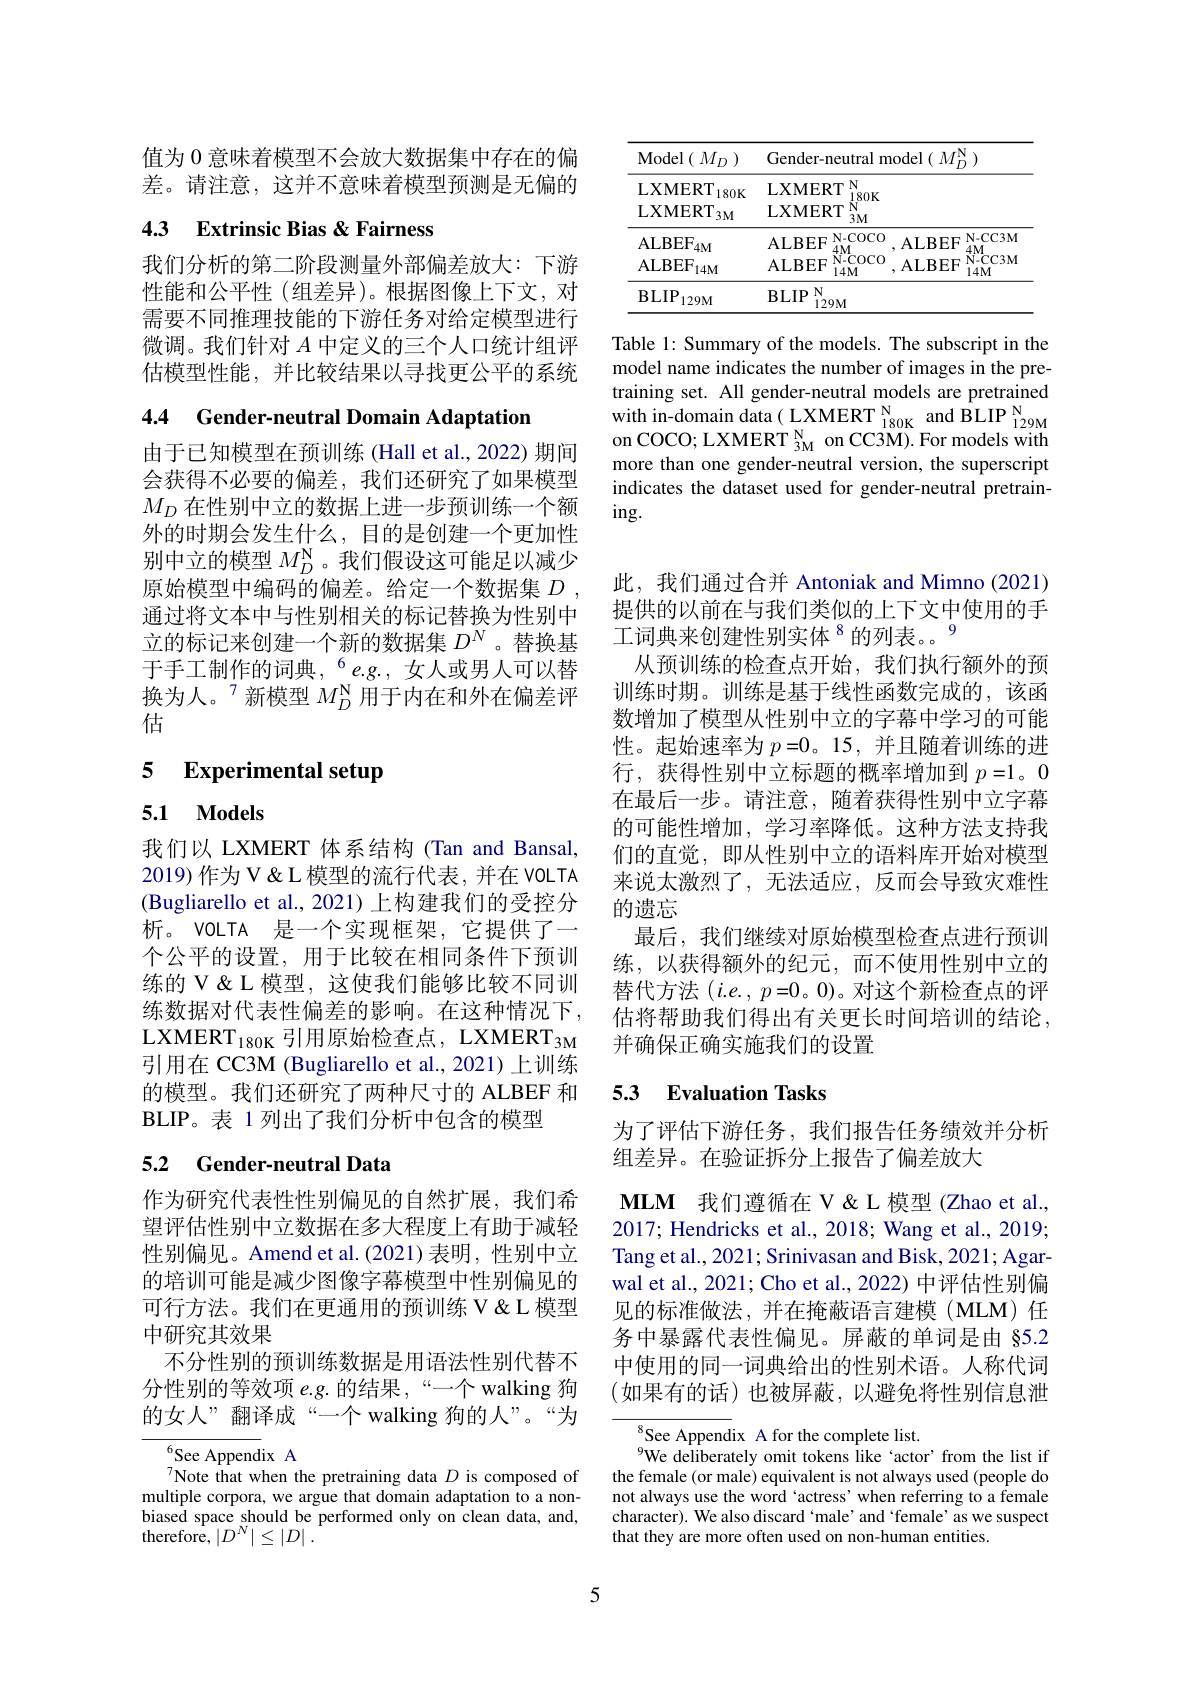
值为 0 意味着模型不会放大数据集中存在的偏差。请注意，这并不意味着模型预测是无偏的

# 4.3 Extrinsic Bias &Fairness

我们分析的第二阶段测量外部偏差放大：下游性能和公平性(组差异)。根据图像上下文，对需要不同推理技能的下游任务对给定模型进行微调。我们针对$A$中定义的三个人口统计组评估模型性能，并比较结果以寻找更公平的系统

4.4 Gender-neutral Domain Adaptation

由于已知模型在预训练 (Hall et al., 2022) 期间会获得不必要的偏差，我们还研究了如果模型$M_D$在性别中立的数据上进一步预训练一个额外的时期会发生什么，目的是创建一个更加性别中立的模型$M_D^\mathrm{N}$。我们假设这可能足以减少原始模型中编码的偏差。给定一个数据集$D$ , 通过将文本中与性别相关的标记替换为性别中立的标记来创建一个新的数据集$D^N$。替换基于手工制作的词典，$^{6}e.g.$,女人或男人可以替换为人。$^{7}$新模型 $M_D^\mathrm{N}$ 用于内在和外在偏差评估

# 5 Experimental setup

# 5.1 Models

我们以 LXMERT 体系结构 (Tan and Bansal, 2019) 作为 V & L 模型的流行代表，并在 VOLTA (Bugliarello et al., 2021)上构建我们的受控分析。VOLTA 是一个实现框架，它提供了一个公平的设置，用于比较在相同条件下预训练的 V & L 模型，这使我们能够比较不同训练数据对代表性偏差的影响。在这种情况下， LXMERT$_{180\mathrm{K}}$引用原始检查点，LXMERT$_{3\mathrm{M}}$ 引用在 CC3M (Bugliarello et al., 2021) 上训练的模型。我们还研究了两种尺寸的 ALBEF 和BLIP。表 1 列出了我们分析中包含的模型

## 5.2 Gender-neutral Data

作为研究代表性性别偏见的自然扩展，我们希望评估性别中立数据在多大程度上有助于减轻性别偏见。Amend et al.(2021)表明，性别中立的培训可能是减少图像字幕模型中性别偏见的可行方法。我们在更通用的预训练 V & L 模型中研究其效果
不分性别的预训练数据是用语法性别代替不分性别的等效项 e.g. 的结果 ,“一个 walking 狗的女人”翻译成“一个 walking 狗的人”。“为

$^{6}$See AppendixA
Note that when the pretraining data $D$ is composed of multiple corpora, we argue that domain adaptation to a nonbiased space should be performed only on clean data, and, ${\mathrm{therefore,}}\left|D^{N}\right|\leq\left|D\right|.$

<table>
	<tbody>
		<tr>
			<th>${\mathrm{Model}}\left(\begin{array}{c}{M_{D}}\end{array}\right)$</th>
			<th>Gender-neutral model $(M_D^\mathrm{N})$</th>
		</tr>
		<tr>
			<td>LXMERT $180K$ $\mathrm{LXMERT}_{3M}$</td>
			<td>LXMERT N $180K$ LXMERT $\dot{N}$ $3M$</td>
		</tr>
		<tr>
			<td>$BLIP$ $129M$</td>
			<td>$\mathbf{BLIP}$ $N$ $129M$</td>
		</tr>
	</tbody>
</table>

Table 1: Summary of the models. The subscript in the model name indicates the number of images in the pretraining set. All gender-neutral models are pretrained with in-domain data( LXMERT $_{180\mathrm{K}}^{\mathrm{N}}$ and BLIP $_{129\mathrm{M}}^{\mathrm{N}}$ on COCO; LXMERT $_{3\mathrm{M}}^{\mathrm{N}}$ on CC3M). For models with more than one gender-neutral version, the superscript indicates the dataset used for gender-neutral pretrain- $ing.$

此，我们通过合并 Antoniak and Mimno (2021) 提供的以前在与我们类似的上下文中使用的手工词典来创建性别实体$^{8}$的列表。。9
从预训练的检查点开始，我们执行额外的预训练时期。训练是基于线性函数完成的，该函数增加了模型从性别中立的字幕中学习的可能性。起始速率为$p=0$。15, 并且随着训练的进行，获得性别中立标题的概率增加到$p=1。0$ 在最后一步。请注意，随着获得性别中立字幕的可能性增加，学习率降低。这种方法支持我们的直觉，即从性别中立的语料库开始对模型来说太激烈了，无法适应，反而会导致灾难性的遗忘
最后，我们继续对原始模型检查点进行预训练，以获得额外的纪元，而不使用性别中立的替代方法(i.e.,p=0。0)。对这个新检查点的评估将帮助我们得出有关更长时间培训的结论， 并确保正确实施我们的设置

## 5.3 Evaluation Tasks

为了评估下游任务，我们报告任务绩效并分析
组差异。在验证拆分上报告了偏差放大

$\textbf{MLM 我 们 遵 循 在 V \& L 模 型 ( Zhao et al. , }$ 2017; Hendricks et al., 2018; Wang et al., 2019; Tang et al., 2021; Srinivasan and Bisk, 2021; Agarwal et al., 2021; Cho et al., 2022) 中评估性别偏见的标准做法，并在掩蔽语言建模(MLM)任务中暴露代表性偏见。屏蔽的单词是由 §5.2中使用的同一词典给出的性别术语。人称代词(如果有的话)也被屏蔽，以避免将性别信息泄

$^{8}$See Appendix A for the complete list.
$^{9}$We deliberately omit tokens like‘actor’from the list if the female (or male) equivalent is not always used (people do not always use the word 'actress' when referring to a female character). We also discard 'male' and 'female' as we suspect that they are more often used on non-human entities.

5